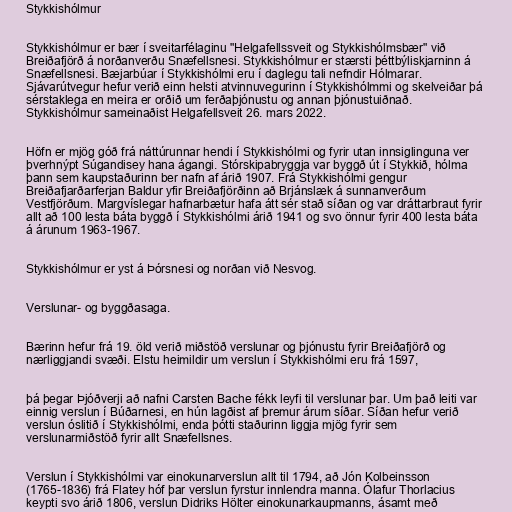
Stykkishólmur

Stykkishólmur er bær í sveitarfélaginu "Helgafellssveit og Stykkishólmsbær" við
Breiðafjörð á norðanverðu Snæfellsnesi. Stykkishólmur er stærsti þéttbýliskjarninn á
Snæfellsnesi. Bæjarbúar í Stykkishólmi eru í daglegu tali nefndir Hólmarar.
Sjávarútvegur hefur verið einn helsti atvinnuvegurinn í Stykkishólmmi og skelveiðar þá
sérstaklega en meira er orðið um ferðaþjónustu og annan þjónustuiðnað.
Stykkishólmur sameinaðist Helgafellsveit 26. mars 2022.

Höfn er mjög góð frá náttúrunnar hendi í Stykkishólmi og fyrir utan innsiglinguna ver
þverhnýpt Súgandisey hana ágangi. Stórskipabryggja var byggð út í Stykkið, hólma
þann sem kaupstaðurinn ber nafn af árið 1907. Frá Stykkishólmi gengur
Breiðafjarðarferjan Baldur yfir Breiðafjörðinn að Brjánslæk á sunnanverðum
Vestfjörðum. Margvíslegar hafnarbætur hafa átt sér stað síðan og var dráttarbraut fyrir
allt að 100 lesta báta byggð í Stykkishólmi árið 1941 og svo önnur fyrir 400 lesta báta
á árunum 1963-1967.

Stykkishólmur er yst á Þórsnesi og norðan við Nesvog.

Verslunar- og byggðasaga.

Bærinn hefur frá 19. öld verið miðstöð verslunar og þjónustu fyrir Breiðafjörð og
nærliggjandi svæði. Elstu heimildir um verslun í Stykkishólmi eru frá 1597,

þá þegar Þjóðverji að nafni Carsten Bache fékk leyfi til verslunar þar. Um það leiti var
einnig verslun í Búðarnesi, en hún lagðist af þremur árum síðar. Síðan hefur verið
verslun óslitið í Stykkishólmi, enda þótti staðurinn liggja mjög fyrir sem
verslunarmiðstöð fyrir allt Snæfellsnes.

Verslun í Stykkishólmi var einokunarverslun allt til 1794, að Jón Kolbeinsson
(1765-1836) frá Flatey hóf þar verslun fyrstur innlendra manna. Ólafur Thorlacius
keypti svo árið 1806, verslun Didriks Hölter einokunarkaupmanns, ásamt með